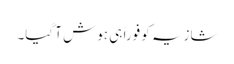
شازیہ کو فوراً ہی ہوش آ گیا۔